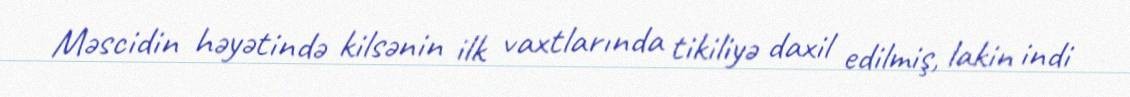
Məscidin həyətində kilsənin ilk vaxtlarında tikiliyə daxil edilmiş, lakin indi